Vaccination North-Western Provinces 1866-1877 - 1866-1877
Year: 1866
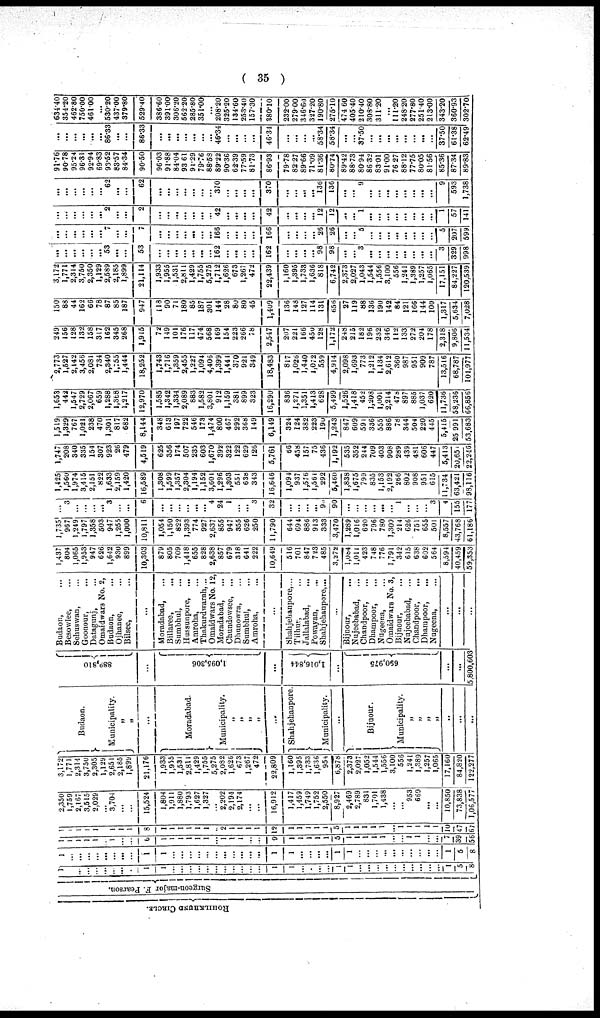
( 35 )
ROHILKHUND CIRCLE.
Surgeon-major F. Pearson.
1
...
...
...
...
...
...
...
...
1
1
...
...
...
...
...
...
...
...
...
...
...
1
1
...
...
...
...
1
1
...
...
...
...
...
...
...
...
...
...
1
5
8
1
... ...
...
...
...
...
...
1
1
...
...
...
...
...
...
...
...
...
...
...
1
1
...
...
...
...
1
1
...
...
...
...
...
...
...
...
...
...
1
5
8
1
1
1
1
1
...
1
...
...
6
1
1
1
1
1
1
1
1
1
1
...
...
9
1
1
1
1
1
5
1
1
1
1
1
1
...
1
1
...
...
7
39
56
1
1
1
1
1
1
1
1
1
8
1
1
1
1
1
1
1
2
1
1
1
1
12
1
1
1
1
1
5
1
1
1
1
1
1
1
1
1
1 1
10
47
67
2,350
1 759
2,167
3 515
2 029
...
3,704
...
...
15,524
1,804
1,911
1, 880
1 793
1,627
1,327
...
2,202
2,194
2,174
...
...
16,912
1,417
1,459
1, 749
1 752
2,550
8,927
2,469
2,789
831
1,701
1,438
...
...
953
669
... ...
10,850
73,838
1,06,577
3,172
1,771
2,314
3,750
2,305
1,129
2,651
2,185
1,899
21,176
1,933
1,955
1,531
2,811
1,429
1,755
5,275
2,082
1,626
673
1,267
472
22,809
1,160
1,395
1,733
1,636
954
6,878
2,373
2,027
1,052
1,544 1,556
3,100
556
1241
1,389
1,257
1,065
17,160
84,820
122,277
Budaon.
Municipality.
„
„
...
Moradabad.
Municipality.
„
„
„
„
...
Shahjehanpore.
Municipality.
...
Bijnour.
Municipality.
„
„
„
„
„
...
...
...
889,810
...
1,095,306
...
1,016,844
...
690,975
...
...
5,800,603
Budaon, ...
Besowlee, ...
Sehuswan, ...
Goonour, ...
Datagunj, ...
Omaidwars No. 2,
Budan, ...
Ojhanee, ...
Bilsee, ...
...
Moradabad, ...
Billaree,
...
Sumbhul, ...
Hussunpore,
...
Amroha, ...
Thakurdwarah,...
Omaidwars No. 12,
Moradabad, ...
Chundowsee, ...
Dhunowra, ...
Sumbhul, ...
Amroha, ...
...
Shahjehanpore, ...
Tilhur, ...
Jallalabad,
...
Powayan, ...
Shahjehanpore,...
...
Bijnour,
...
Nujeebabad, ...
Chandpoor, ...
Dhampoor, ...
Nugeena, ...
Omaidwars No. 3,
Bijnour, ...
Nujeebabad, ...
Chandpoor, ...
Dhampoor,
...
Nugeena, ...
...
...
...
1,437
804
1,065
1,953
947
626
1,642
930
899
10,303
879
805
709
1,418
655
828
2,638
857
679
318
641
222
10,649
516
701
847
723
485
3,272
1,084
1,011
423
748
776
1,791
342
615
638
602
564
8,594
40,459
59,353
1,735
967
1,249
1,797
1,358
503
947
1,255
1,000
10,811
1,054
1,150
822
1,393
774
927
2,637
855
947
355
626
250
11,790
644
694
886
913
333
3,470
1,289
1,016
620
796
780
1,309
214
626
751
655
501
8,557
43,768
61,l86
...
3
...
...
...
... 3
...
6
...
...
...
...
...
...
4
24
1
...
...
3
32
...
...
...
... 90
90
...
...
...
...
...
...
1
...
...
... 3
4
155
177
1,425
1,560
1,974
3,415
2,151
822
1,633
2,159
1,420
16,589
1,308
1,599
1,357
2,304
1,194
1,152
3,601
1,296
1,303
551
638
343
16,646
1,094
937
1,576
1,561
292
5,460
1,838
1,675
799
835
1,153
2,192
266
802
908
951
615
11,734
63,421
98,116
1,747
208
340
335
154
307
923
26
479
4,519
625
356
174
507
235
603
1,670
392
322
122
629
126
5,761
66
458
157
75
436
1,192
535
352
244
709
403
908
289
439
481
606
447
5,413
20,65
22,246
1,519
1,329
767
1,021
238
470
1,301
817
682
8,144
348
613
197
722
546
173
1,474
800
467
292
368
149
6,149
324
124
382
223
190
1,243
847
609
591
336
555
886
78
344
504
220
445
5,415
25,991
53,683
1,653
442
1,547
2,729
2,067
659
1,288
l,368
1,217
12,970
1,585
1,342
1,334
2,089
883
1,582
3,801
912
1,159
381
899
323
16,290
836
1,271
1,351
1,413
628
5,499
1,526
1,418
452
1,208
1,001
2,214
478
897
885
1,037
620
11,736
58,236
66,856
2,773
1,527
2,142
3,456
2,081
734
2,340
1,755
1,444
18,252
1,743
1,716
1,359
2,455
1,227
1,094
4,406
1,399
1,444
370
921
349
18,483
817
1,026
1,440
1,072
559
4,914
2,098
1,693
773
1,212
1,134
2,612
360
987
951
909
787
13,516
68,787
101,977
249
156
128
132
158
317
162
345
268
1,915
72
149
101
176
117
474
568
169
154
223
266
78
2,547
207
221
166
450
128
1,172
248
215
182
196
232
346
112
133
272
204 178
2,318
9,806
11,534
150
88
44
162
66
78
87
85
187
947
118
90
71
180
85
187
301
144
28
80
80
45
1,409
136
148
127
114
131
656
27
119
88
136
190
142
84
121
166
144
100
1,317
5,634
7,028
3,172
1,771
2,314
3,750
2,350
1,129
2,589
2,185
1,899
21,114
1,933
1,955
1,531
2,811
1,429
1,755
5,275
1,712
1,626
673
1,267
472
22,439
1,160
1,395
1,733
1,636
818
6,742
2,373
2,027
1,043
1,544
1,556
3,100
556
1,241
1,389
1,257 1,065
17,151
84,227
120,539
...
...
...
...
...
... 53
...
...
53
...
...
...
...
...
...
...
162
...
...
...
...
162
...
...
...
... 98
98
...
...
3
...
...
...
...
...
...
...
...
3
329
998
...
...
...
...
...
...
7
...
...
7
...
...
...
...
...
...
... 166
...
...
...
...
166
...
...
...
... 26
26
...
...
5
...
...
...
...
...
...
...
...
5
207
599
...
...
...
...
...
... 2
...
...
2
...
...
...
...
...
...
... 42
...
...
...
...
42
...
...
...
... 12
12
...
...
1
...
...
...
...
...
...
...
...
1
57
141
...
...
...
...
...
... 62
...
...
62
...
...
...
...
...
...
... 370
...
...
...
...
370
...
... ...
... 136
136
...
...
9
...
...
...
...
...
...
...
...
9
593
1,738
91.76
90.78
95.24
96.31
92.94
69.83
93.52
83.57
84.34
90.50
96.03
91.88
84.04
93.61
91.29
79.76
88.58
89.22
90.36
62.39
77.59
81.73
86.93
79.78
82.27
89.66
71.09
81.36
80.74
89.42
88.73
80.94
86.32
83.01
91.00
76.27
88.12
77.75
80.05 81.56
85.36
87.34
89.83
...
...
...
...
...
...
86.33
...
...
86.33
...
...
...
...
...
...
...
46.34
...
...
...
...
46.34
...
...
...
...
58.34
58.34
...
...
37.50
...
...
...
...
...
...
...
...
37.50
61.38
62.49
634.40
354.20
462.80
750.00
461.00
...
530.20
437.00
379.80
529.40
386.60
391.00
306.20
562.20
285.80
351.00
...
208.20
325.20
134.60
253.40
157.30
380.10
232.00
279.00
346.60
327.20
190.80
275.10
474.60
405.40
210.40
308.80
31120
...
111.20
248.20
277.80
251.40 213.00
343.20
360.93
302.70